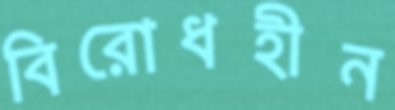
বিরোধহীন